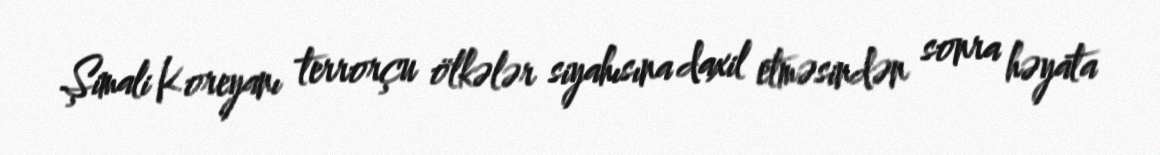
Şimali Koreyanı terrorçu ölkələr siyahısına daxil etməsindən sonra həyata